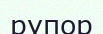
рупор